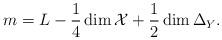
LaTeX: \begin{align*}m = L - \frac{1}{4} \dim \mathcal{X} + \frac{1}{2} \dim \Delta_Y.\end{align*}